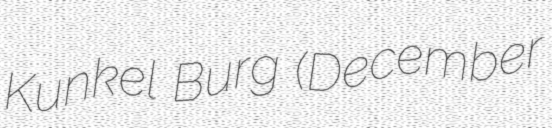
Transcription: Kunkel Burg (December